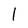
Character: 1